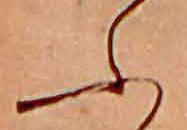
ふ